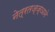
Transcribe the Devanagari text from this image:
नेत्रतज्ज्ञाने